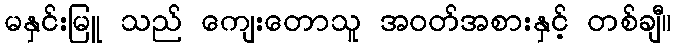
မနှင်းမြူ သည် ကျေးတောသူ အဝတ်အစားနှင့် တစ်ချီ။